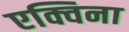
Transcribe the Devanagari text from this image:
एक्विना